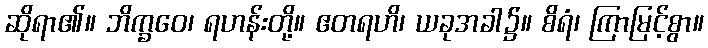
ဆိုရာ၏။ ဘိက္ခဝေ၊ ရဟန်းတို့။ ဧတရဟိ၊ ယခုအခါ၌။ စိရံ၊ ကြာမြင့်စွာ။